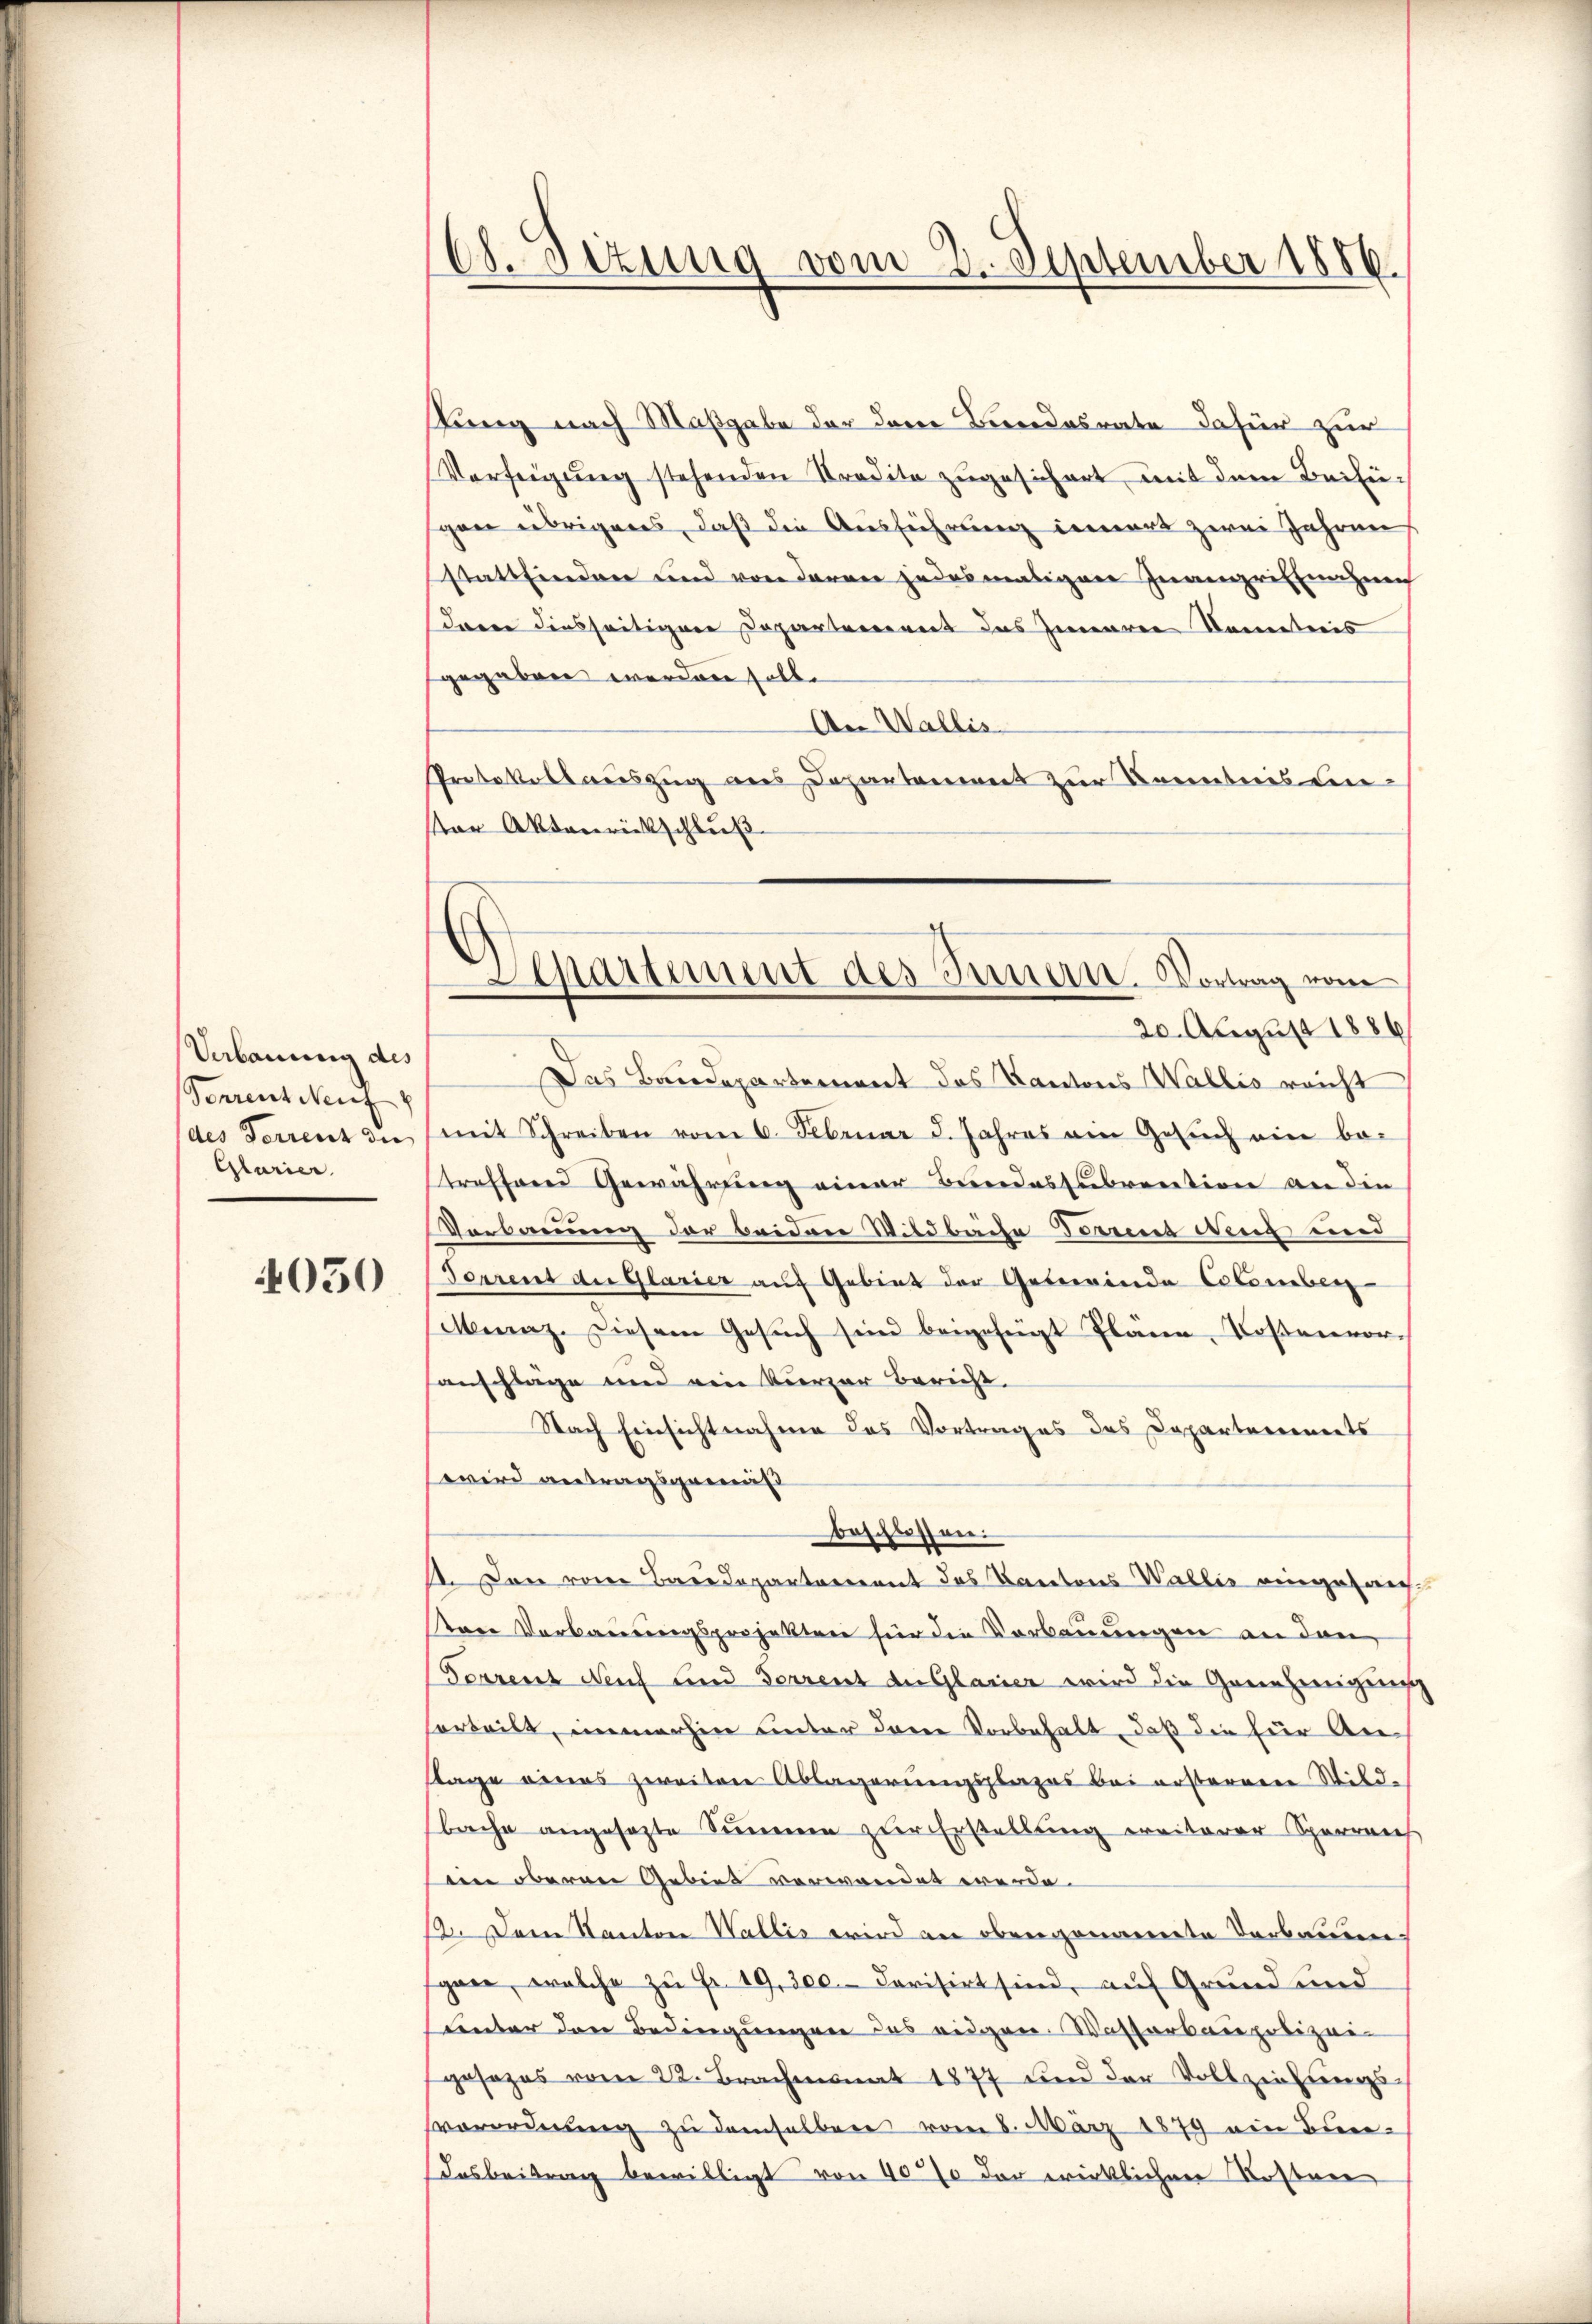
Verbauung des
Verrent Neuf
des Ferrent die
Glarier.

4050

18. Sizung vom 2. September 1886.
.

.
Separtement des Innert. Vortrag vom
20. August 1886

stung nach Maßgabe der dene Beendesrate dafür zur
Verfügung stehenden Stradita zugesichert mit dem Beifügen übrigens, daß die Ausführung inners zwei Jahren
stattfindern und von Jarrer jedesmaligen Inangriffnahme
davon diesseitigene Departenereit des Inneren Kometris
gegeben werden solle
An Wallis
Protokollauszug aus Departement zur Kenntnis ein¬
Von Aktenrückschluß
Das Baudepartement das Kantons Wallis reicht
mit Schreiben vom 6. Februar d. Jahres ein Gesŭch ein be-
treffend Gewährung einer Bundessubvention an die
Verbauung der beiden Wildbache Farns Neud und
Ferrent der Glarier auf Gebiet der Gemeinde Colomben
Minaz. Diesem Gesŭch sein beigefügt Plane, Rosenvorsanschläge und ein kurzer Bericht.
Nach Einsichtnahme des Vortrages des Departerinnerts
wird antragsgemäß
beschlossen.
11. Den von Baudepartement des Kantons Wallis eingesangsten Verbauungsprojekten für die Vorbauungen an den
Ferrenz Neuf und Herrent die Glarier wird die Genehmigung
sorteilt, immerhin unter deren Vorbehalt, daß die für An¬
Sage eines zweiten Ablagerungsplazes bei ersternere Wild-
bache angesezte Summen zur Erstellung ereiterer Sperreich
eine oberner Gebiet verwandet werde.
12. Dem Kanton Wallis wird an obergenannte Verbauen-
gare, welche zu Fr. 19, 300. Devisirt sind, auf Grund und
unter den Bedingungen das eidgen. Wasserbaupolizei
gesezes vom 22. Brachmonat 1877 und der Vollziehungs-
vorordnung zu demselben vom 8. März 1879 ein Bun¬
Insbeitrag bewilligt von 40% der wirklichen Kostere